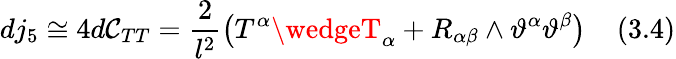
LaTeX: dj_{5}\cong4d\mathcal{C}_{TT}=\frac{{2}}{{l^{2}}}\left(T^{\alpha}\wedgeT_{\alpha}+R_{\alpha\beta}\wedge\vartheta^{\alpha}\vartheta^{\beta}\right)\; \; \; \; (3.4)